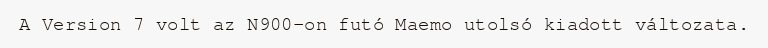
A Version 7 volt az N900-on futó Maemo utolsó kiadott változata.